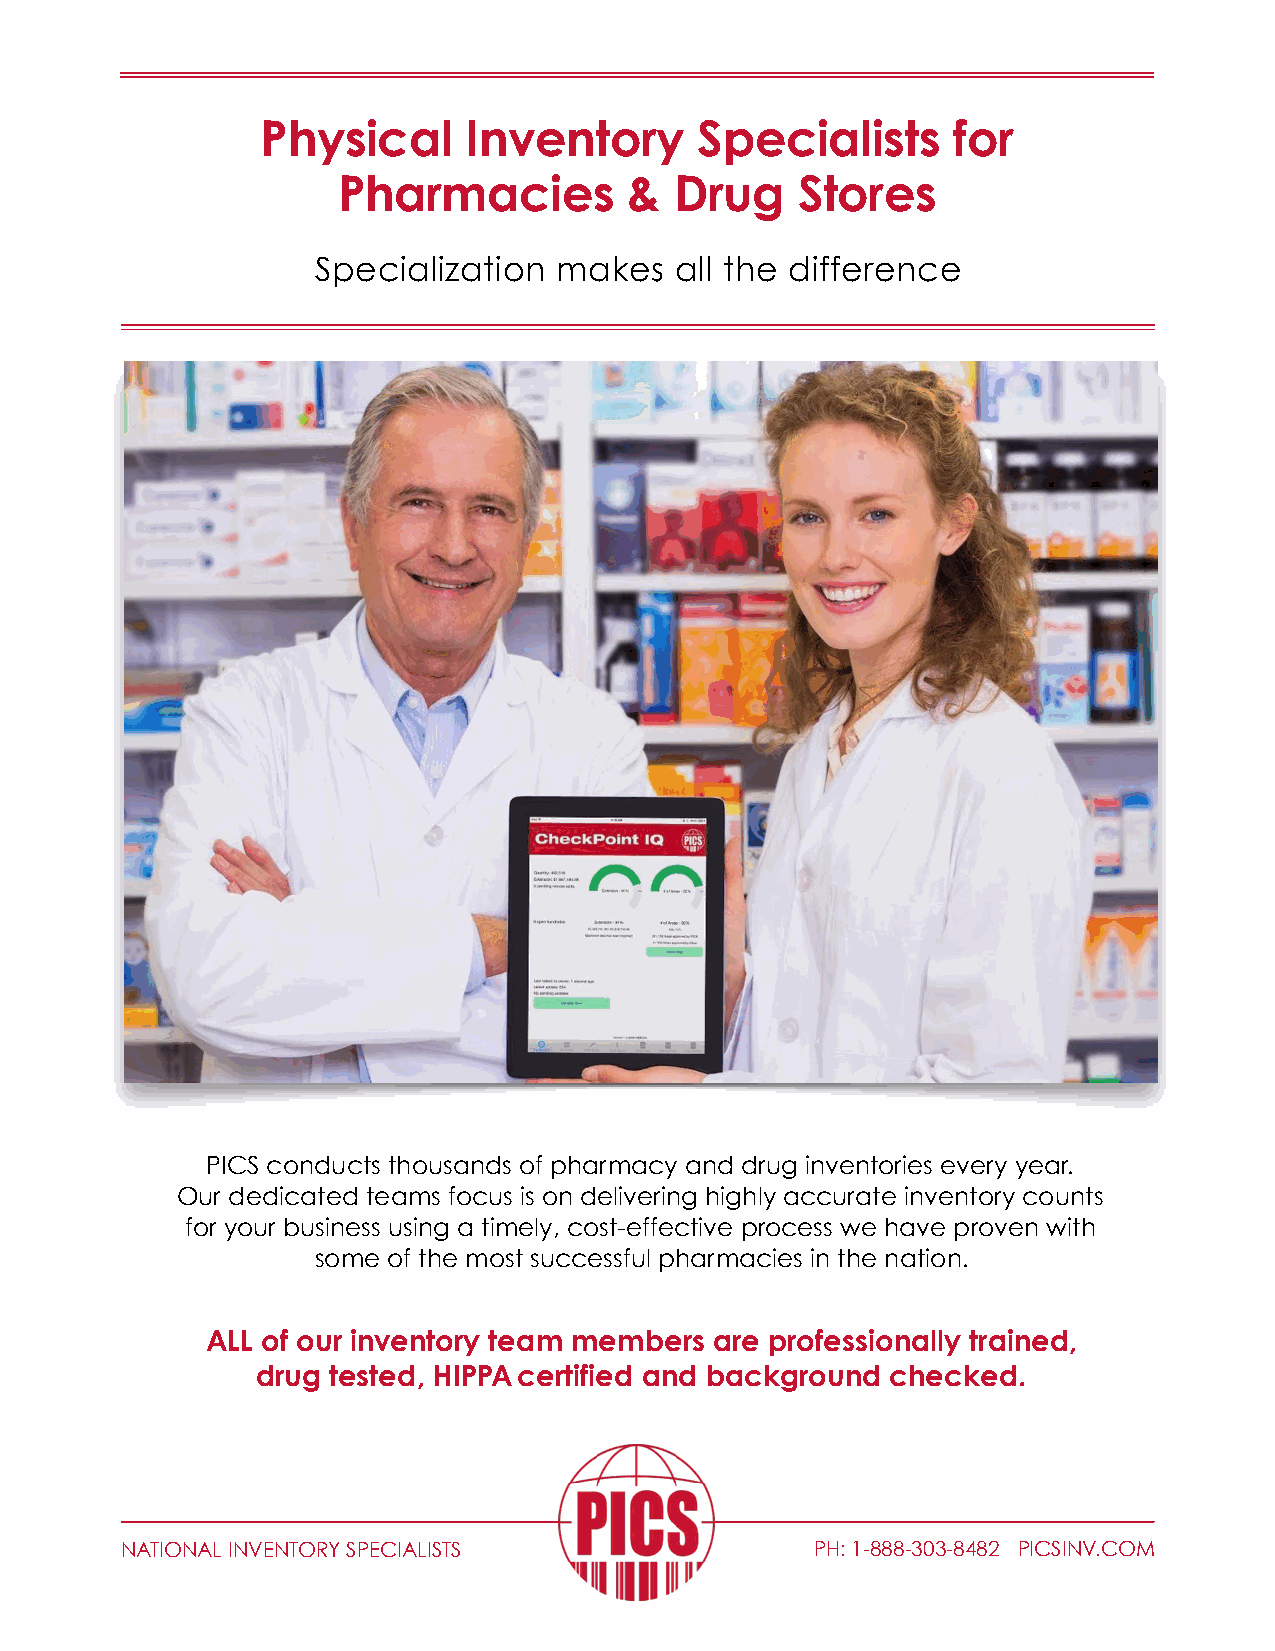
Physical      Inventory      Specialists      for
 Pharmacies          &  Drug    Stores
 Specialization  makes   all the difference
 PICS conducts thousands of pharmacy and drug inventories every year.
 Our dedicated teams focus is on delivering highly accurate inventory counts
 for your business using a timely, cost-effective process we have proven with
 some of the most successful pharmacies in the nation.
 ALL of our inventory team members are professionally trained,
 drug tested, HIPPA certified and background checked.
 NATIONAL INVENTORY SPECIALISTS                PH: 1-888-303-8482 PICSINV.COM